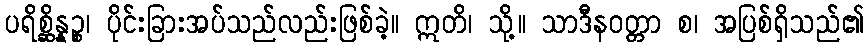
ပရိစ္ဆိန္နဉ္စ၊ ပိုင်းခြားအပ်သည်လည်းဖြစ်ခဲ့။ ဣတိ၊ သို့။ သာဒီနဝတ္တာ စ၊ အပြစ်ရှိသည်၏